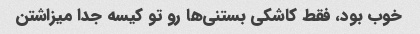
خوب بود، فقط کاشکی بستنی‌ها رو تو کیسه جدا میزاشتن